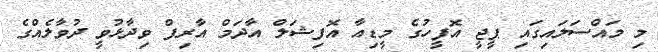
މި މައްސަލައިގައި ޕީޖީ އޮފީހުގެ މީޑިއާ އޮފިޝަލް އާދަމް އާރިފް ވިދާޅުވީ ދުވާލެއްގެ